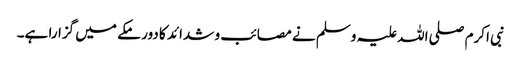
نبی اکرم صلی اللہ علیہ وسلم نے مصائب و شدائد کا دور مکے میں گزارا ہے۔